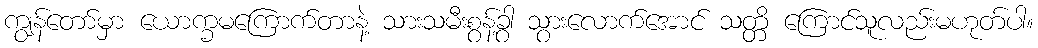
ကျွန်တော်မှာ ယောက္ခမကြောက်တာနဲ့ သားသမီးစွန့်ခွာ သွားလောက်အောင် သတ္တိ ကြောင်သူလည်းမဟုတ်ပါ။